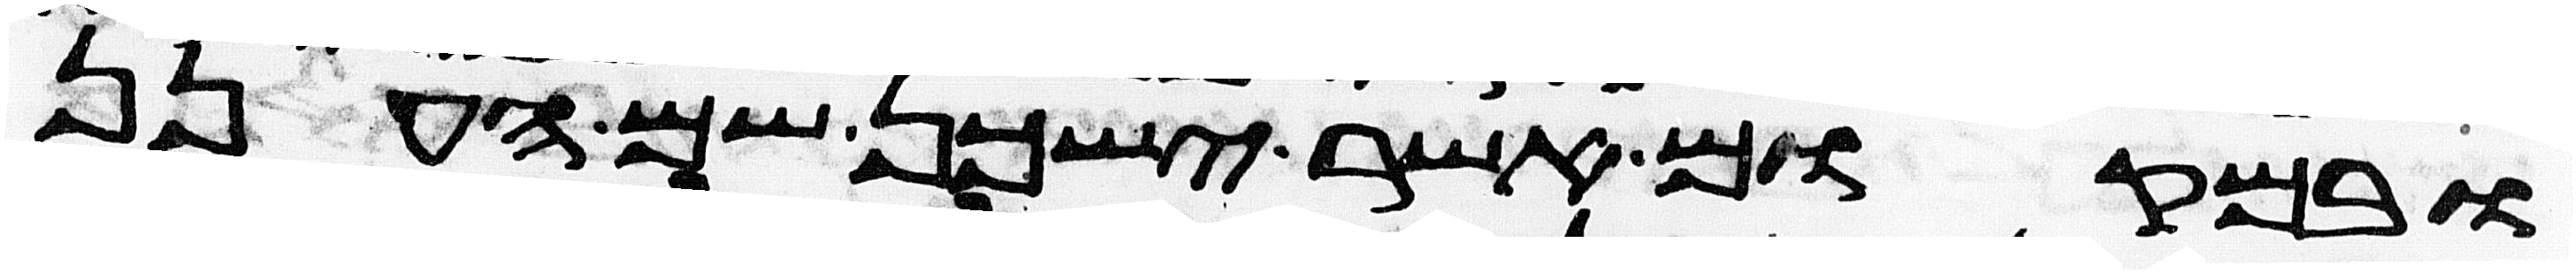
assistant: ובמקום אשר ישכן שם הענן